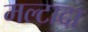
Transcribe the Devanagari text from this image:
मल्टादा